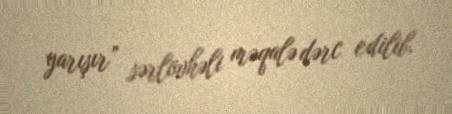
yarışır” sərlövhəli məqalə dərc edilib.